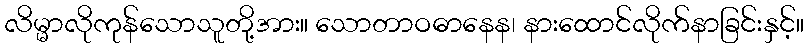
လိမ္မာလိုကုန်သောသူတို့အား။ သောတာဝဓာနေန၊ နားထောင်လိုက်နာခြင်းနှင့်။